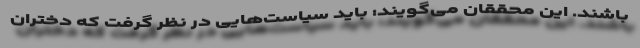
باشند. این محققان می‌گویند: باید سیاست‌هایی در نظر گرفت که دختران